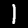
Label: 1